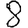
Digit: 8